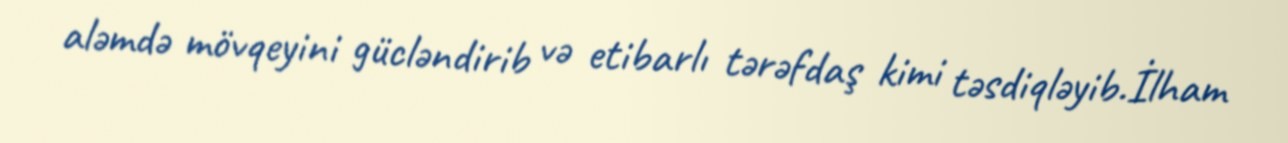
aləmdə mövqeyini gücləndirib və etibarlı tərəfdaş kimi təsdiqləyib.İlham